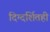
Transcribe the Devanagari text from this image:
दिग्दर्शितही